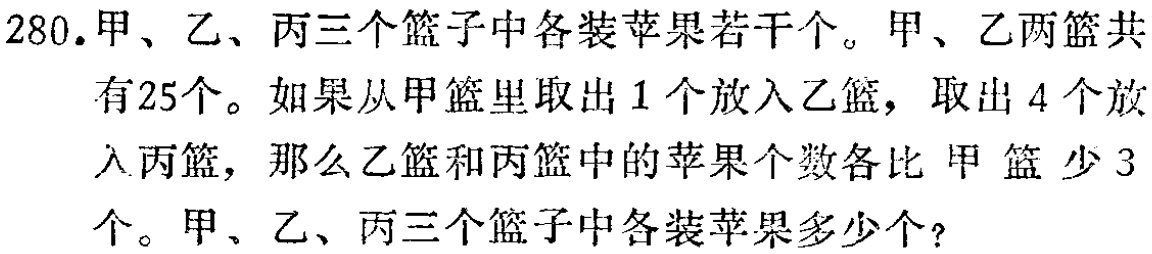
280.甲、乙、丙三个篮子中各装苹果若干个。甲、乙两篮共有25个。如果从甲篮里取出1个放入乙篮，取出4个放入丙篮，那么乙篮和丙篮中的苹果个数各比甲篮少3个。甲、乙、丙三个篮子中各装苹果多少个？